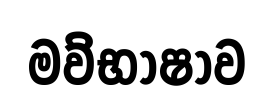
මව්භාෂාව